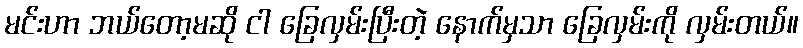
မင်းဟာ ဘယ်တော့မဆို ငါ ခြေလှမ်းပြီးတဲ့ နောက်မှသာ ခြေလှမ်းကို လှမ်းတယ်။